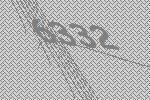
6332